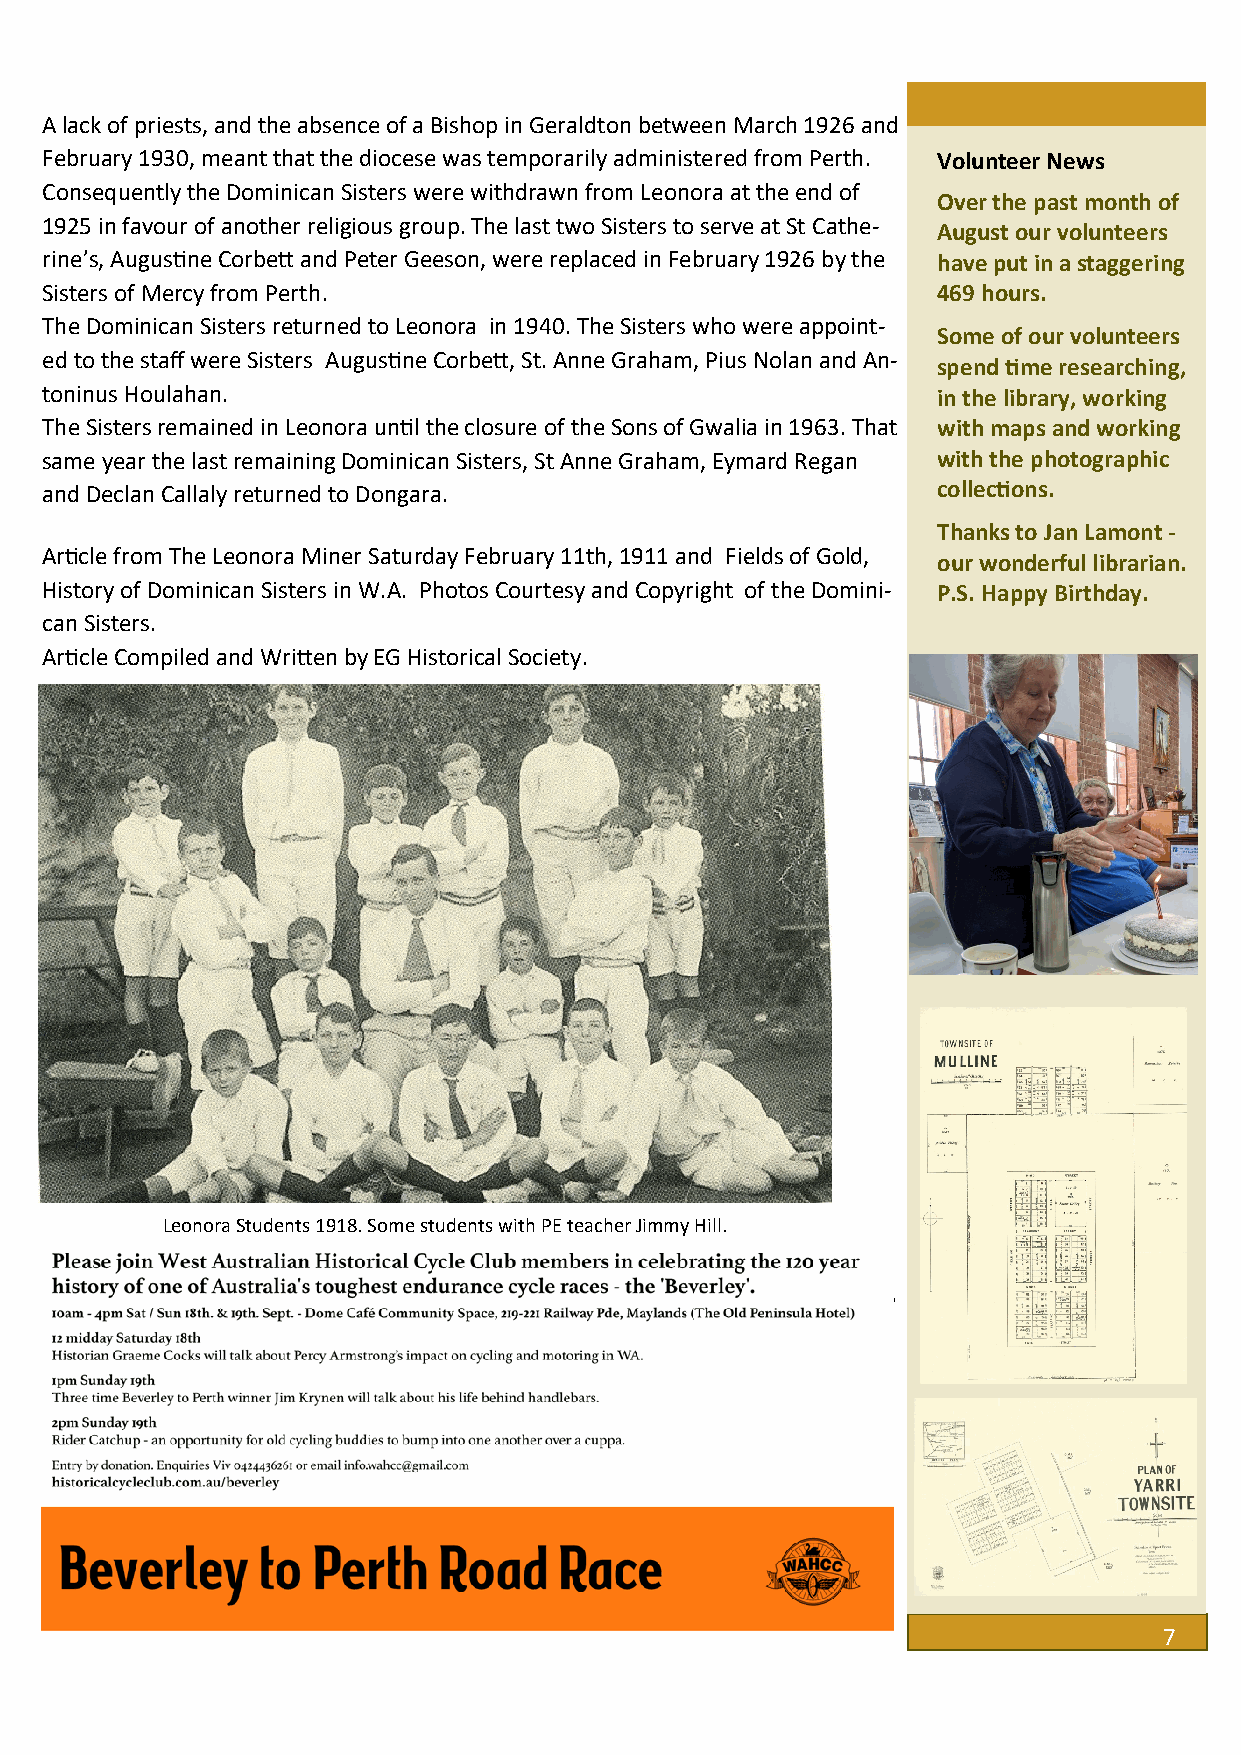
A lack of priests, and the absence of a Bishop in Geraldton between March 1926 and
 February 1930, meant that the diocese was temporarily administered from Perth. Volunteer News
 Consequently the Dominican Sisters were withdrawn from Leonora at the end of
 Over the past month of
 1925 in favour of another religious group. The last two Sisters to serve at St Cathe-
 August our volunteers
 rine’s, Augustine Corbett and Peter Geeson, were replaced in February 1926 by the have put in a staggering
 Sisters of Mercy from Perth.                               469 hours.
 The Dominican Sisters returned to Leonora in 1940. The Sisters who were appoint-
 Some of our volunteers
 ed to the staff were Sisters Augustine Corbett, St. Anne Graham, Pius Nolan and An-
 spend time researching,
 toninus Houlahan.                                          in the library, working
 The Sisters remained in Leonora until the closure of the Sons of Gwalia in 1963. That with maps and working
 same year the last remaining Dominican Sisters, St Anne Graham, Eymard Regan with the photographic
 and Declan Callaly returned to Dongara.                    collections.
 Thanks to Jan Lamont -
 Article from The Leonora Miner Saturday February 11th, 1911 and Fields of Gold,
 our wonderful librarian.
 History of Dominican Sisters in W.A. Photos Courtesy and Copyright of the Domini- P.S. Happy Birthday.
 can Sisters.
 Article Compiled and Written by EG Historical Society.
 Leonora Students 1918. Some students with PE teacher Jimmy Hill.
 7